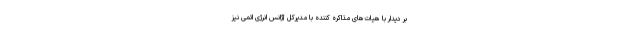
بر دیدار با هیات‌های مذاکره کننده با مدیرکل آژانس انرژی اتمی نیز